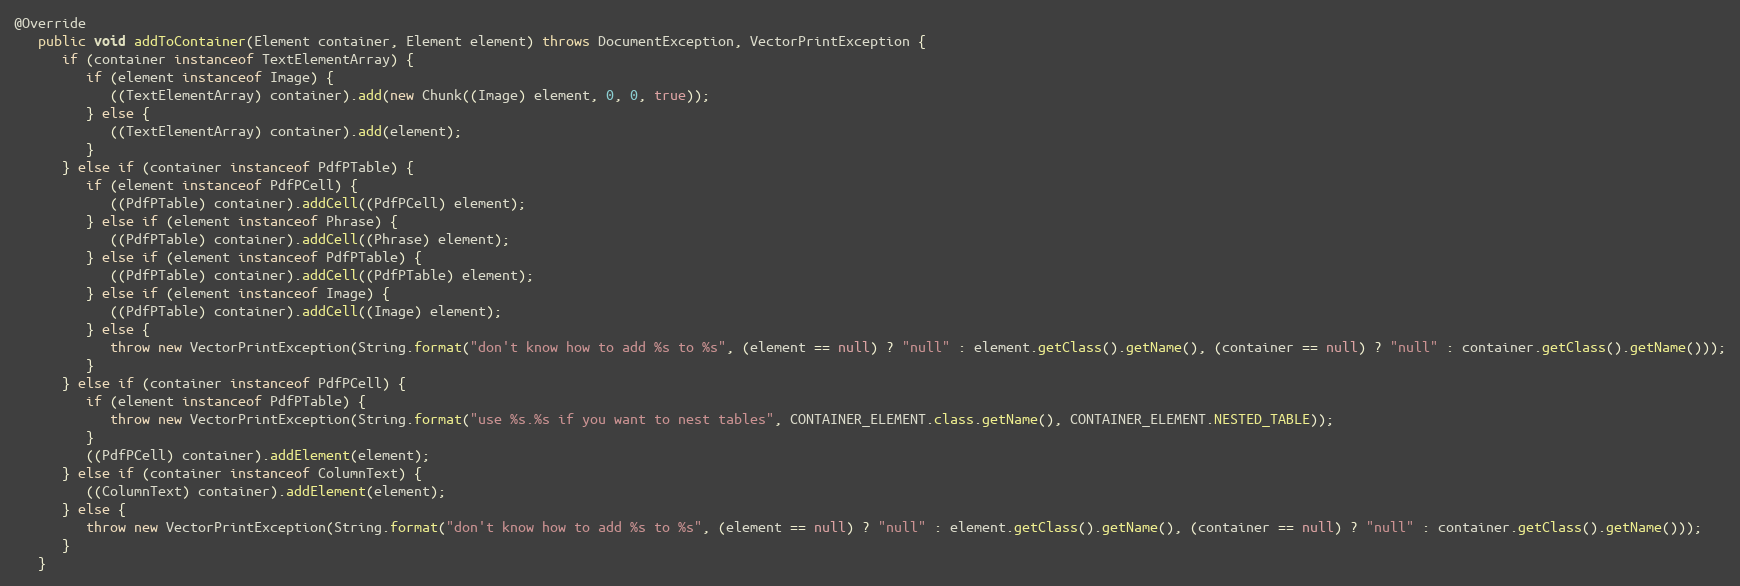
Language: Java
@Override
   public void addToContainer(Element container, Element element) throws DocumentException, VectorPrintException {
      if (container instanceof TextElementArray) {
         if (element instanceof Image) {
            ((TextElementArray) container).add(new Chunk((Image) element, 0, 0, true));
         } else {
            ((TextElementArray) container).add(element);
         }
      } else if (container instanceof PdfPTable) {
         if (element instanceof PdfPCell) {
            ((PdfPTable) container).addCell((PdfPCell) element);
         } else if (element instanceof Phrase) {
            ((PdfPTable) container).addCell((Phrase) element);
         } else if (element instanceof PdfPTable) {
            ((PdfPTable) container).addCell((PdfPTable) element);
         } else if (element instanceof Image) {
            ((PdfPTable) container).addCell((Image) element);
         } else {
            throw new VectorPrintException(String.format("don't know how to add %s to %s", (element == null) ? "null" : element.getClass().getName(), (container == null) ? "null" : container.getClass().getName()));
         }
      } else if (container instanceof PdfPCell) {
         if (element instanceof PdfPTable) {
            throw new VectorPrintException(String.format("use %s.%s if you want to nest tables", CONTAINER_ELEMENT.class.getName(), CONTAINER_ELEMENT.NESTED_TABLE));
         }
         ((PdfPCell) container).addElement(element);
      } else if (container instanceof ColumnText) {
         ((ColumnText) container).addElement(element);
      } else {
         throw new VectorPrintException(String.format("don't know how to add %s to %s", (element == null) ? "null" : element.getClass().getName(), (container == null) ? "null" : container.getClass().getName()));
      }
   }